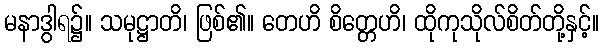
မနာဒွါရ၌။ သမုဋ္ဌာတိ၊ ဖြစ်၏။ တေဟိ စိတ္တေဟိ၊ ထိုကုသိုလ်စိတ်တို့နှင့်။